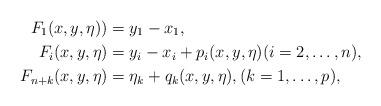
LaTeX: \begin{align*} F_1 (x, y,\eta) ) & = y_1-x_1, \\ F_i (x,y,\eta) & = y_i-x_i+ p_i (x,y,\eta) (i = 2,\ldots,n), \\ F_{n+k} (x,y,\eta) & = \eta_k+ q_k (x,y,\eta), (k = 1,\ldots,p), \end{align*}